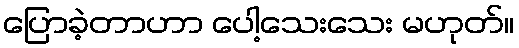
ပြောခဲ့တာဟာ ပေါ့သေးသေး မဟုတ်။